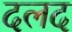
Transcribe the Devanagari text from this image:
दलद